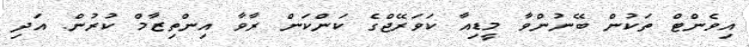
އިވެންޓް ތަކުން ބޭނުންވާ މީޑިއާ ކަވަރޭޖްގެ ކަންކަން ރާވާ އިންތިޒާމް ކުރުން. އަދި